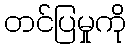
တင်ပြမှုကို